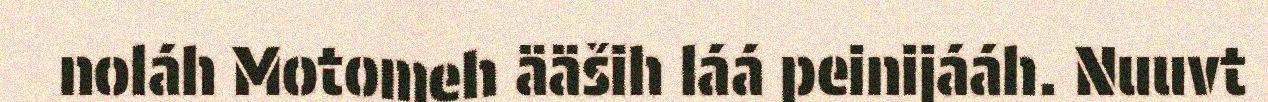
noláh Motomeh ääših láá peinijááh. Nuuvt